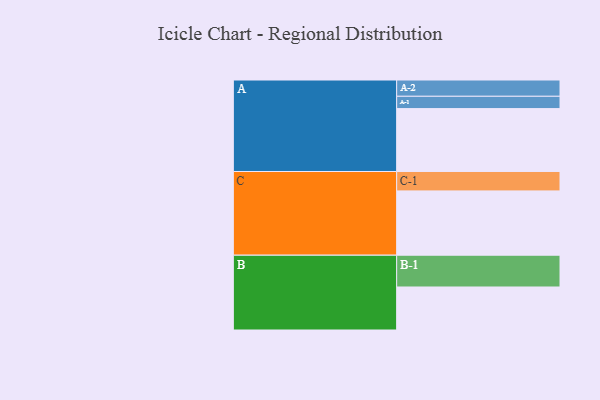
{"axis": {"x": "Segment", "y": "Value"}, "legend": ["", "A", "B", "C"], "data": [{"x": "A", "y": 576, "type": ""}, {"x": "B", "y": 394, "type": ""}, {"x": "C", "y": 589, "type": ""}, {"x": "A-1", "y": 113, "type": "A"}, {"x": "A-2", "y": 149, "type": "A"}, {"x": "B-1", "y": 291, "type": "B"}, {"x": "C-1", "y": 178, "type": "C"}]}